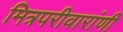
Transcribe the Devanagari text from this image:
मित्रपरीवारांणी